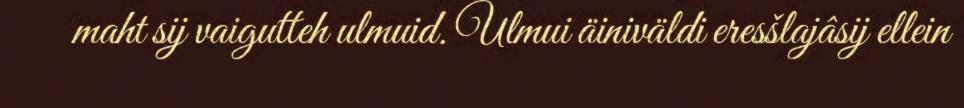
maht sij vaigutteh ulmuid. Ulmui äiniväldi eresšlajâsij ellein